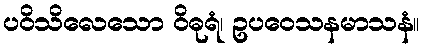
ပဝိသိလေသော ဝိဓုရံ၊ ဥပဝေသနမာသနံ။